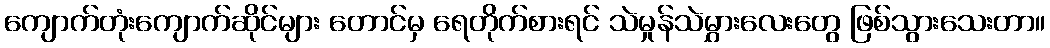
ကျောက်တုံးကျောက်ဆိုင်များ တောင်မှ ရေတိုက်စားရင် သဲမှုန်သဲမွှားလေးတွေ ဖြစ်သွားသေးတာ။